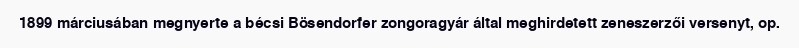
1899 márciusában megnyerte a bécsi Bösendorfer zongoragyár által meghirdetett zeneszerzői versenyt, op.